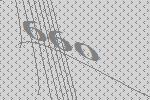
660